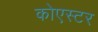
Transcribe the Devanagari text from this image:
कोएस्टर